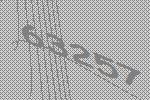
63257